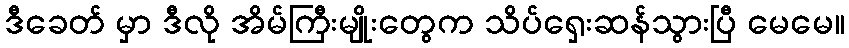
ဒီခေတ် မှာ ဒီလို အိမ်ကြီးမျိုးတွေက သိပ်ရှေးဆန်သွားပြီ မေမေ။